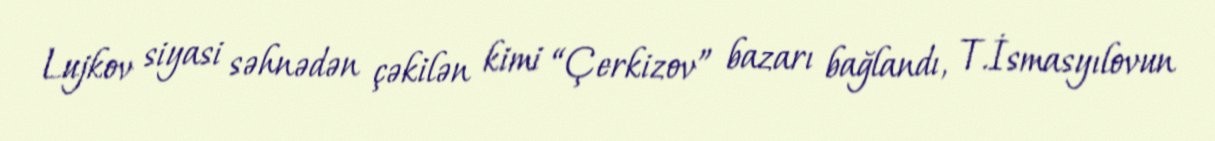
Lujkov siyasi səhnədən çəkilən kimi “Çerkizov” bazarı bağlandı, T.İsmasyılovun